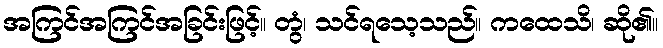
အကြင်အကြင်အခြင်းဖြင့်။ တွံ၊ သင်ရသေ့သည်။ ကထေသိ၊ ဆို၏။